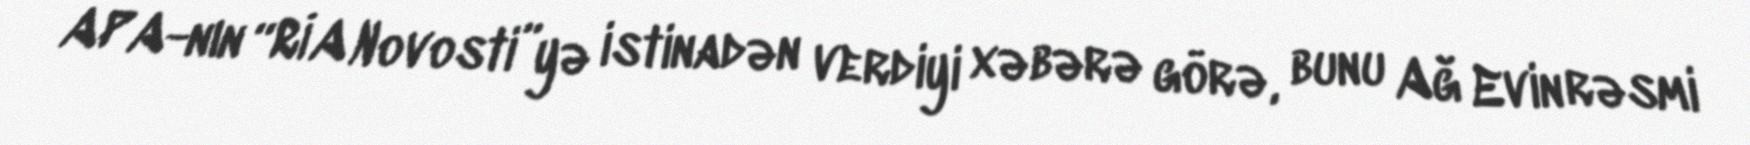
APA-nın “RİA Novosti”yə istinadən verdiyi xəbərə görə, bunu Ağ Evin rəsmi